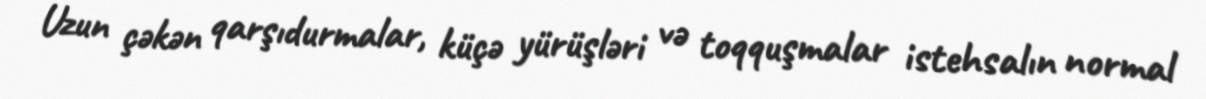
Uzun çəkən qarşıdurmalar, küçə yürüşləri və toqquşmalar istehsalın normal